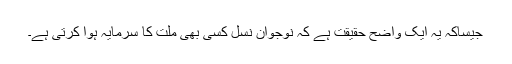
جیساکہ یہ ایک واضح حقیقت ہے کہ نوجوان نسل کسی بھی ملت کا سرمایہ ہوا کرتی ہے۔